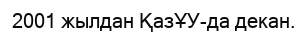
2001 жылдан ҚазҰУ-да декан.